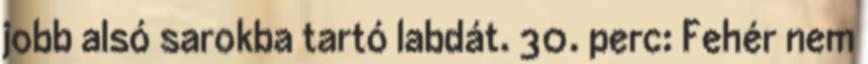
jobb alsó sarokba tartó labdát. 30. perc: Fehér nem